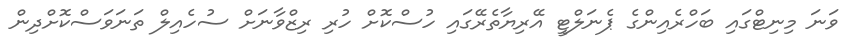
ވަނަ މިނިޓްގައި ބަހްރެއިންގެ ޕެނަލްޓީ އޭރިޔާތެރޭގައި ހުސްކޮށް ހުރި ރިޒްވާނަށް ސުހެއިލް ތަނަވަސްކޮށްދިން